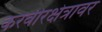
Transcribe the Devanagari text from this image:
करवीरक्षेत्रावर